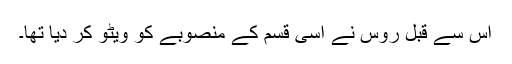
اس سے قبل روس نے اسی قسم کے منصوبے کو ویٹو کر دیا تھا۔